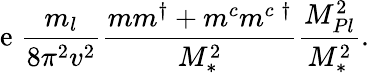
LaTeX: \mathrm{e}\; \frac{{m_{l}}}{{8\pi^{2}v^{2}}}\frac{{mm^{\dagger}+m^{c}m^{c\; \dagger}}}{{M_{\ast}^{2}}}\frac{{M_{Pl}^{2}}}{{M_{\ast}^{2}}}.